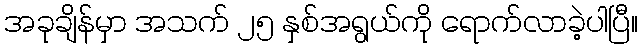
အခုချိန်မှာ အသက် ၂၅ နှစ်အရွယ်ကို ရောက်လာခဲ့ပါပြီ။